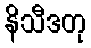
နိသီဒတု